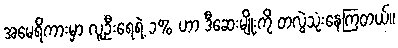
အမေရိကားမှာ လူဦးရေရဲ့ ၁% ဟာ ဒီဆေးမျိုးကို တလွဲသုံးနေကြတယ်။